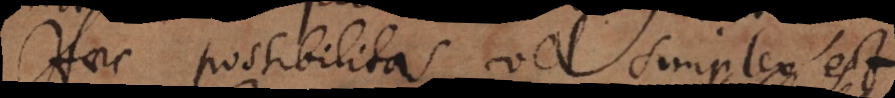
Haec possibilitas vel simplex est